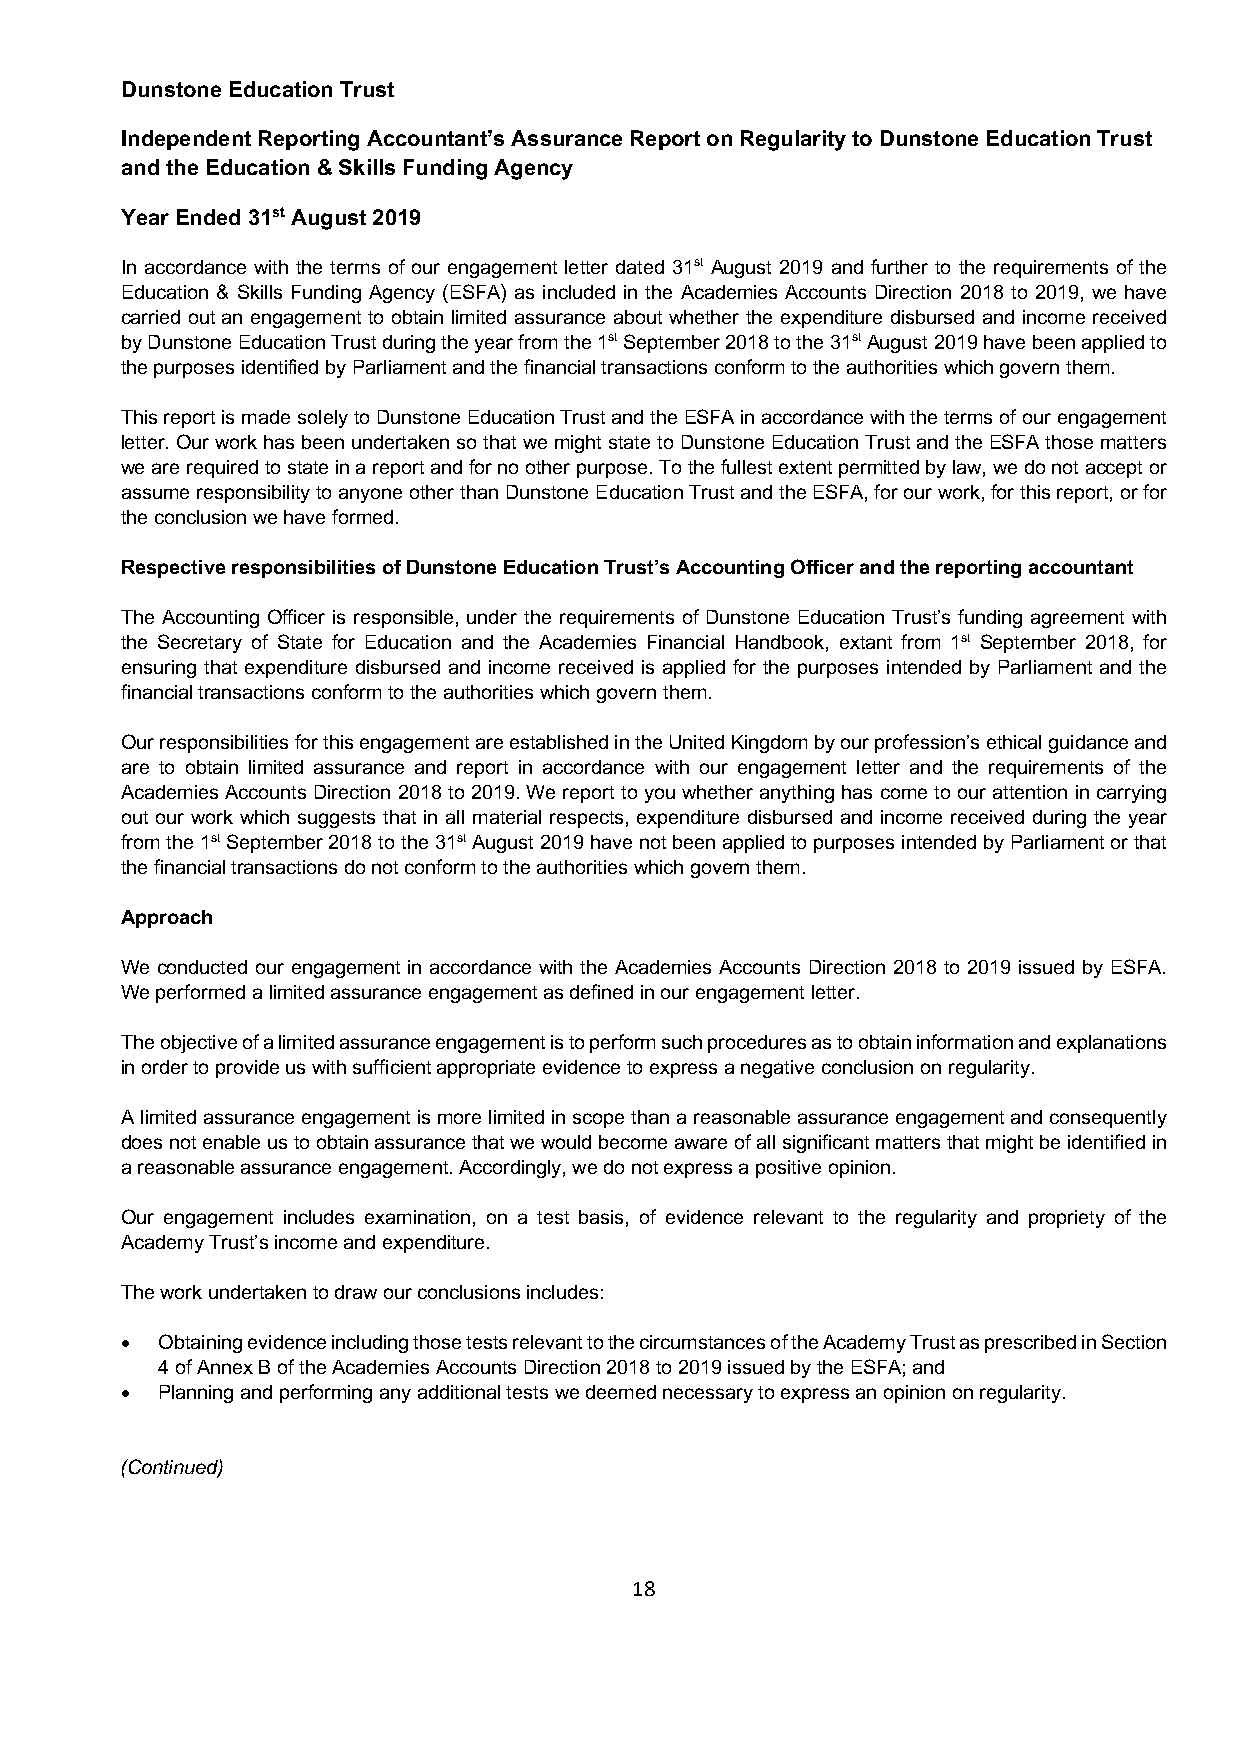
Dunstone Education Trust
 Independent Reporting Accountant’s Assurance Report on Regularity to Dunstone Education Trust
 and the Education & Skills Funding Agency
 Year Ended 31st August 2019
 In accordance with the terms of our engagement letter dated 31st August 2019 and further to the requirements of the
 Education & Skills Funding Agency (ESFA) as included in the Academies Accounts Direction 2018 to 2019, we have
 carried out an engagement to obtain limited assurance about whether the expenditure disbursed and income received
 by Dunstone Education Trust during the year from the 1st September 2018 to the 31st August 2019 have been applied to
 the purposes identified by Parliament and the financial transactions conform to the authorities which govern them.
 This report is made solely to Dunstone Education Trust and the ESFA in accordance with the terms of our engagement
 letter. Our work has been undertaken so that we might state to Dunstone Education Trust and the ESFA those matters
 we are required to state in a report and for no other purpose. To the fullest extent permitted by law, we do not accept or
 assume responsibility to anyone other than Dunstone Education Trust and the ESFA, for our work, for this report, or for
 the conclusion we have formed.
 Respective responsibilities of Dunstone Education Trust’s Accounting Officer and the reporting accountant
 The Accounting Officer is responsible, under the requirements of Dunstone Education Trust’s funding agreement with
 the Secretary of State for Education and the Academies Financial Handbook, extant from 1st September 2018, for
 ensuring that expenditure disbursed and income received is applied for the purposes intended by Parliament and the
 financial transactions conform to the authorities which govern them.
 Our responsibilities for this engagement are established in the United Kingdom by our profession’s ethical guidance and
 are to obtain limited assurance and report in accordance with our engagement letter and the requirements of the
 Academies Accounts Direction 2018 to 2019. We report to you whether anything has come to our attention in carrying
 out our work which suggests that in all material respects, expenditure disbursed and income received during the year
 from the 1st September 2018 to the 31st August 2019 have not been applied to purposes intended by Parliament or that
 the financial transactions do not conform to the authorities which govern them.
 Approach
 We conducted our engagement in accordance with the Academies Accounts Direction 2018 to 2019 issued by ESFA.
 We performed a limited assurance engagement as defined in our engagement letter.
 The objective of a limited assurance engagement is to perform such procedures as to obtain information and explanations
 in order to provide us with sufficient appropriate evidence to express a negative conclusion on regularity.
 A limited assurance engagement is more limited in scope than a reasonable assurance engagement and consequently
 does not enable us to obtain assurance that we would become aware of all significant matters that might be identified in
 a reasonable assurance engagement. Accordingly, we do not express a positive opinion.
 Our engagement includes examination, on a test basis, of evidence relevant to the regularity and propriety of the
 Academy Trust’s income and expenditure.
 The work undertaken to draw our conclusions includes:
 • Obtaining evidence including those tests relevant to the circumstances of the Academy Trust as prescribed in Section
 4 of Annex B of the Academies Accounts Direction 2018 to 2019 issued by the ESFA; and
 • Planning and performing any additional tests we deemed necessary to express an opinion on regularity.
 (Continued)
 18